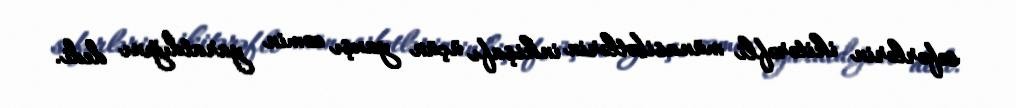
səfərlərin ikitərəfli münasibətlərin inkişafı üçün yaxşı zəmin yaratdığını dedi.